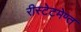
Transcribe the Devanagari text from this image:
रीस्टेटमेण्त